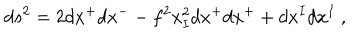
d s ^ { 2 } = 2 d x ^ { + } d x ^ { - } - f ^ { 2 } x _ { I } ^ { 2 } d x ^ { + } d x ^ { + } + d x ^ { I } d x ^ { I } ~ ,